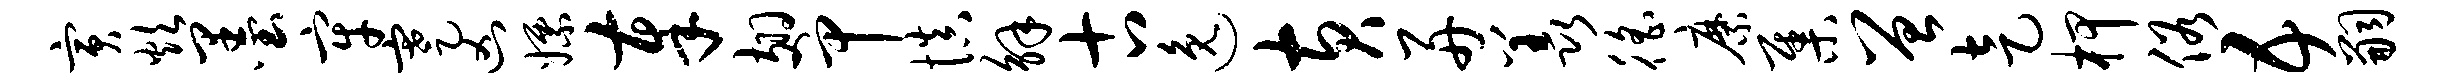
寅炊墨牢蹇凶嫖奉翅甲慎解古逸黄舟羡徭縻集曾走柙俗五嗣